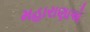
મહારાણાએ